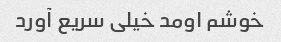
خوشم اومد خیلی سریع آورد